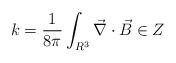
LaTeX: \begin{align*}k=\frac{1}{8\pi}\int_{R^{3}} \vec{\nabla}\cdot \vec{B} \in Z\end{align*}